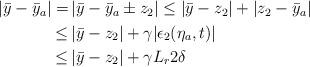
LaTeX: \begin{align*}\begin{aligned}|\bar{y}-\bar{y}_a| =& \,|\bar{y}-\bar{y}_a\pm z_2| \le |\bar{y}-z_2|+|z_2-\bar{y}_a|\\\le &\, |\bar{y}-z_2|+\gamma|\epsilon_2(\eta_a,t)| \\\le &\, |\bar{y}-z_2|+\gamma L_r 2\delta \end{aligned}\end{align*}